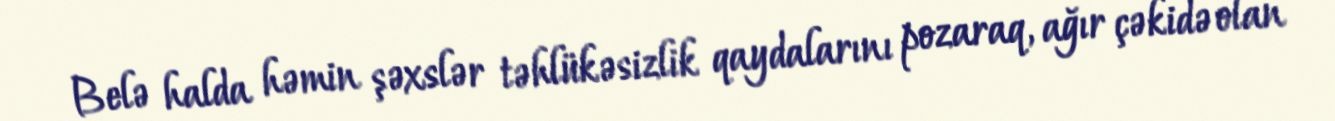
Belə halda həmin şəxslər təhlükəsizlik qaydalarını pozaraq, ağır çəkidə olan